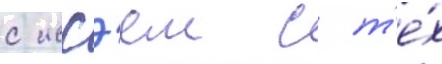
с иссэем с т'е́х